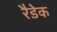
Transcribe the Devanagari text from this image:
रैडेक